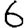
Digit: 6